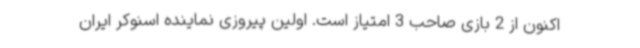
اکنون از 2 بازی صاحب 3 امتیاز است. اولین پیروزی نماینده اسنوکر ایران